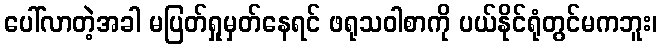
ပေါ်လာတဲ့အခါ မပြတ်ရှုမှတ်နေရင် ဖရုသဝါစာကို ပယ်နိုင်ရုံတွင်မကဘူး၊